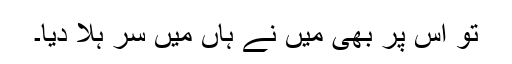
تو اس پر بھی میں نے ہاں میں سر ہلا دیا۔